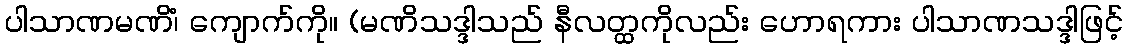
ပါသာဏမဏိံ၊ ကျောက်ကို။ (မဏိသဒ္ဒါသည် နီလတ္ထကိုလည်း ဟောရကား ပါသာဏသဒ္ဒါဖြင့်